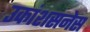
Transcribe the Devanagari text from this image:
उकांशसनेस